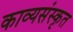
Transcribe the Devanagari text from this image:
काव्यसंस्कृत